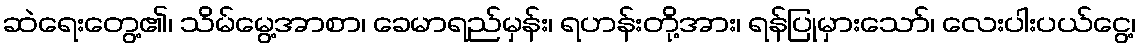
ဆဲရေးတွေ့၏၊ သိမ်မွေ့အာစာ၊ ခေမာရည်မှန်း၊ ရဟန်းတို့အား၊ ရန်ပြုမှားသော်၊ လေးပါးပယ်ငွေ့၊